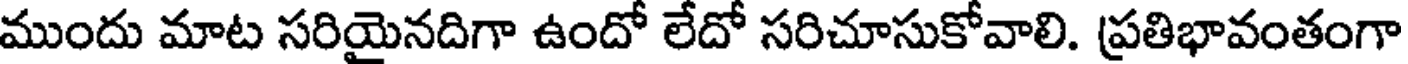
ముందు మాట సరియైనదిగా ఉందో లేదో సరిచూసుకోవాలి. ప్రతిభావంతంగా